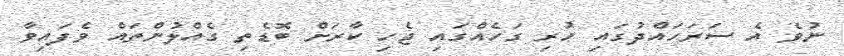
ނުވެ އެ ސަރަހައްދުގައި ހުރި ގަހެއްގައި ޖެހި ކާރަށް ބޮޑެތި ގެއްލުންތައް ވެފައިވާ